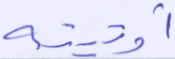
أوتيته